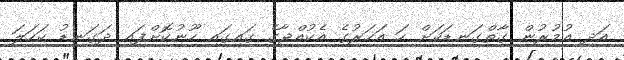
އަދި އުމުރުން ގާތްގަނޑަކަށް ހަ އަހަރުގެ އެކުއްޖާގެ ގައިގައި ހޫނުކޮށްފައި ދަގަނޑު ކަހަލަ